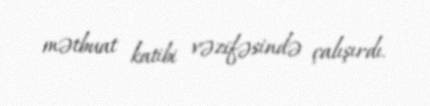
mətbuat katibi vəzifəsində çalışırdı.